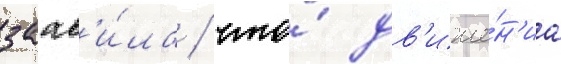
заав'и́ла / что́ дв'иже́н'иа